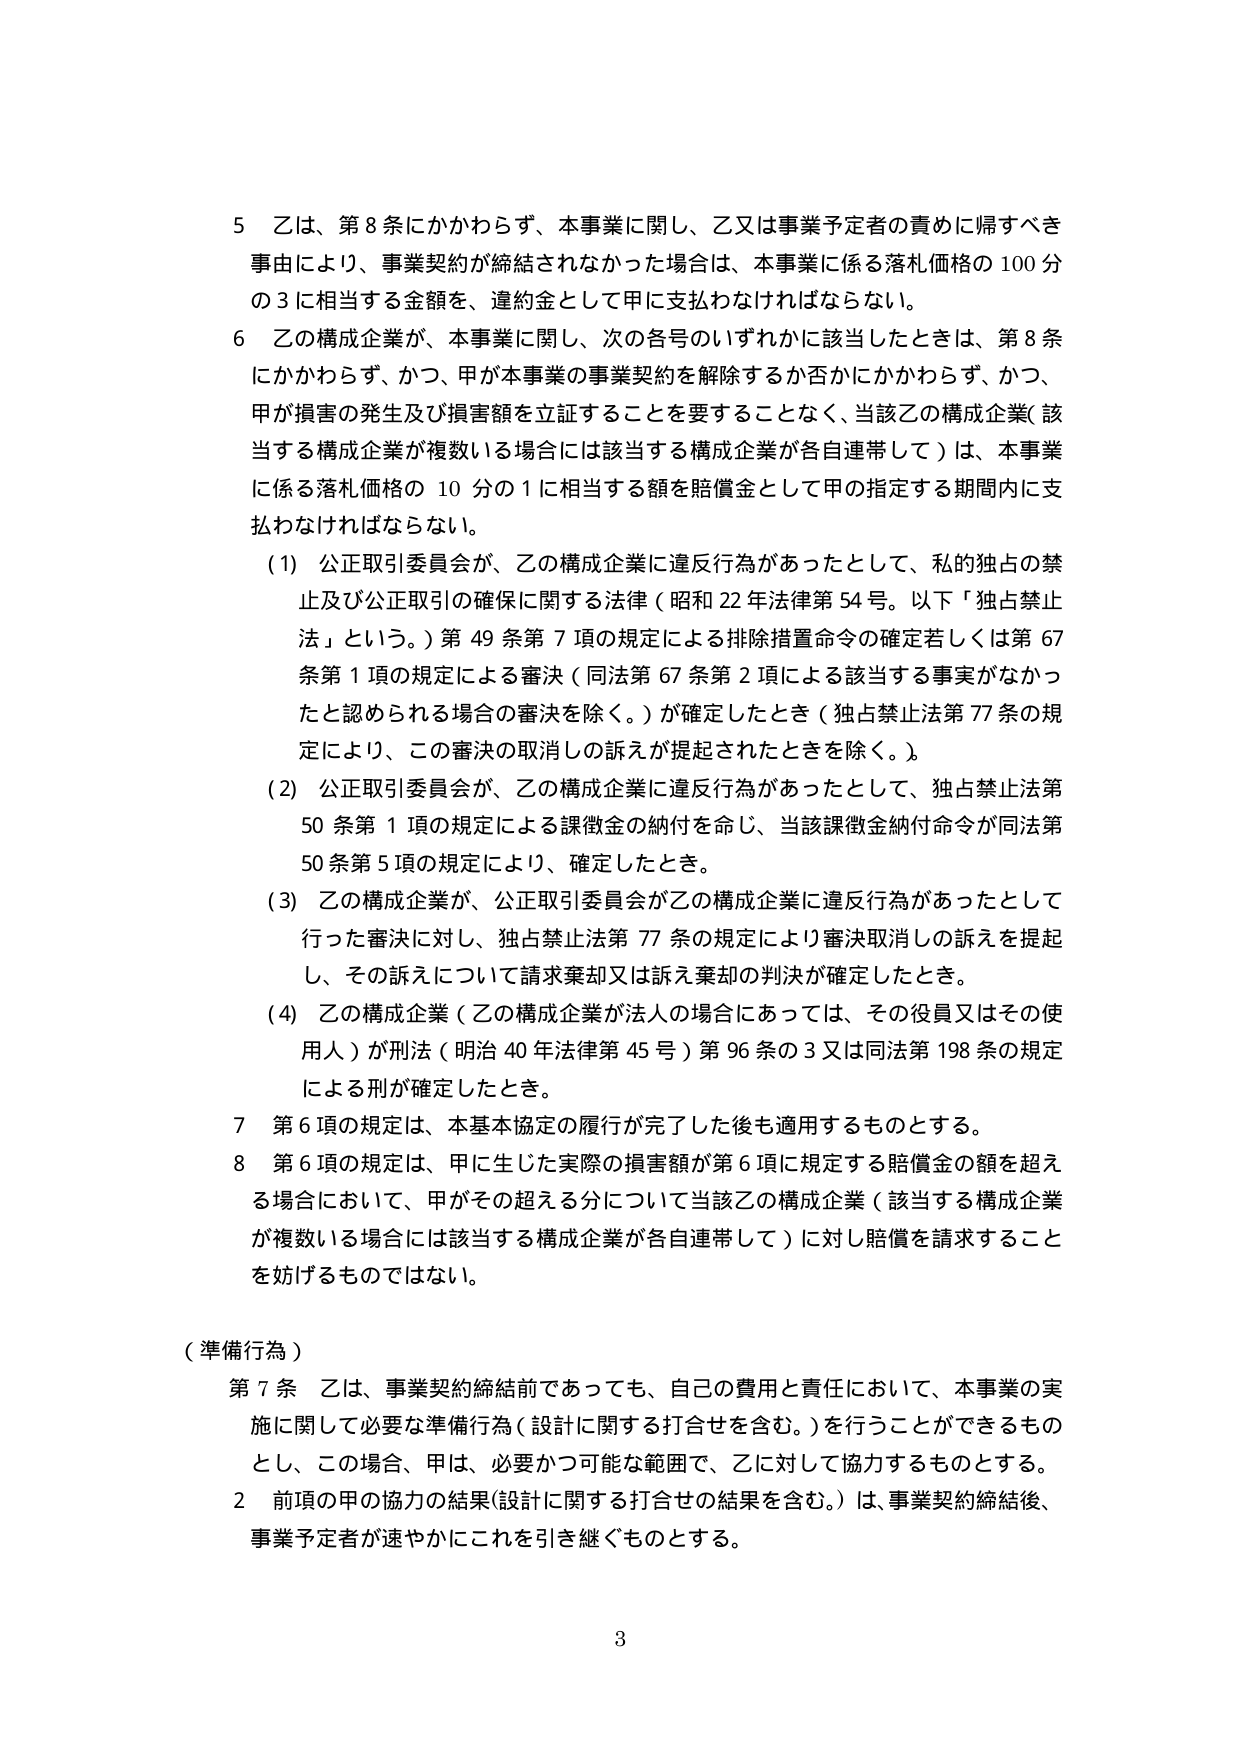
5 乙は、第8条にかかわらず、本事業に関し、乙又は事業予定者の責めに帰すべき事由により、事業契約が締結されなかった場合は、本事業に係る落札価格の100分の3に相当する金額を、違約金として甲に支払わなければならない。

6 乙の構成企業が、本事業に関し、次の各号のいずれかに該当したときは、第8条にかかわらず、かつ、甲が本事業の事業契約を解除するか否かにかかわらず、かつ、甲が損害の発生及び損害額を立証することを要することなく、当該乙の構成企業（該当する構成企業が複数いる場合には該当する構成企業が各自連帯して）は、本事業に係る落札価格の10分の1に相当する額を賠償金として甲の指定する期間内に支払わなければならない。

(1) 公正取引委員会が、乙の構成企業に違反行為があったとして、私的独占の禁止及び公正取引の確保に関する法律（昭和22年法律第54号。以下「独占禁止法」という。）第49条第7項の規定による排除措置命令の確定若しくは第67条第1項の規定による審決（同法第67条第2項による該当する事実がなかったと認められる場合の審決を除く。）が確定したとき（独占禁止法第77条の規定により、この審決の取消しの訴えが提起されたときを除く。）。

(2) 公正取引委員会が、乙の構成企業に違反行為があったとして、独占禁止法第50条第1項の規定による課徴金の納付を命じ、当該課徴金納付命令が同法第50条第5項の規定により、確定したとき。

(3) 乙の構成企業が、公正取引委員会が乙の構成企業に違反行為があったとして行った審決に対し、独占禁止法第77条の規定により審決取消しの訴えを提起し、その訴えについて請求棄却又は訴え棄却の判決が確定したとき。

(4) 乙の構成企業（乙の構成企業が法人の場合にあっては、その役員又はその使用人）が刑法（明治40年法律第45号）第96条の3又は同法第198条の規定による刑が確定したとき。

7 第6項の規定は、本基本協定の履行が完了した後も適用するものとする。

8 第6項の規定は、甲に生じた実際の損害額が第6項に規定する賠償金の額を超える場合において、甲がその超える分について当該乙の構成企業（該当する構成企業が複数いる場合には該当する構成企業が各自連帯して）に対し賠償を請求することを妨げるものではない。

（準備行為）

第7条 乙は、事業契約締結前であっても、自己の費用と責任において、本事業の実施に関して必要な準備行為（設計に関する打合せを含む。）を行うことができるものとし、この場合、甲は、必要かつ可能な範囲で、乙に対して協力するものとする。

2 前項の甲の協力の結果（設計に関する打合せの結果を含む。）は、事業契約締結後、事業予定者が速やかにこれを引き継ぐものとする。

3